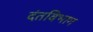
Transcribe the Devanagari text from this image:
दंतविभाग